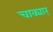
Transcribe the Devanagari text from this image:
चाक्यार्